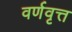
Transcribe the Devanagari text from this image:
वर्णवृत्त